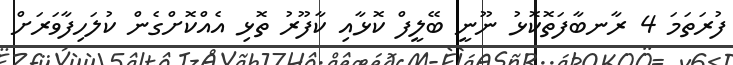
ފުރަތަމަ 4 ރާނބާފަތޮކޮޅު ނޫނީ ބޭލީފް ކޮޅާއި ކާފޫރު ތޮޅި އެއްކޮށްގެން ކުލަހިފާވަރަށް